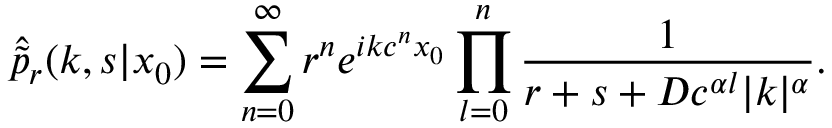
\hat { \tilde { p } } _ { r } ( k , s | x _ { 0 } ) = \sum _ { n = 0 } ^ { \infty } r ^ { n } e ^ { i k c ^ { n } x _ { 0 } } \prod _ { l = 0 } ^ { n } \frac { 1 } { r + s + D c ^ { \alpha l } | k | ^ { \alpha } } .